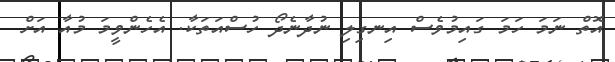
އޮތް ނަމަ ހަމަ ގައިމުވެސް އިނގިލި ނުދާނެދޯ ހުސްއަތަކާ. އެހެންވީމަ މުއާ އަށް